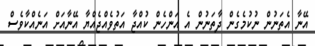
އޭނާ އެތަނުން ނުކުމެގެން ދާތަނުން އެ އަންހެން ކުއްޖާ އަތުވެއްޖެއްޔާ އޭނާއަށް އަނެއްކާވެސް